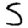
Digit: 5